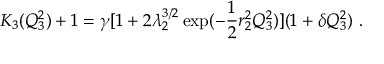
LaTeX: K _ { 3 } ( Q _ { 3 } ^ { 2 } ) + 1 = \gamma [ 1 + 2 \lambda _ { 2 } ^ { 3 / 2 } \exp ( - \frac { 1 } { 2 } r _ { 2 } ^ { 2 } Q _ { 3 } ^ { 2 } ) ] ( 1 + \delta Q _ { 3 } ^ { 2 } ) \ .